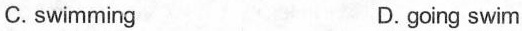
C.swimming D.going swim